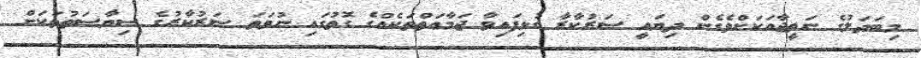
މިބަދަލުގެ ނަތީޖާއަކަށްވެގެން ދިޔައީ ސަރުކާރާ ގުޅިފައިވާ ޖަމާޢަތްތަކެއްގެ ގޮތުގައި ނުވަތަ ސަރުކާރުގެ ސިޔާސަތުތަކަށް